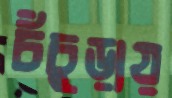
চঁচুড়ায়